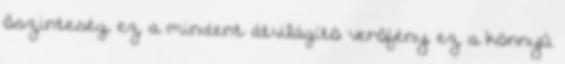
őszinteség, ez a mindent átvilágító verőfény, ez a könnyű